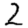
Digit: 2